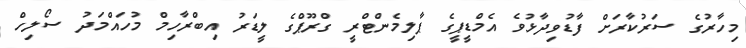
މިހާރުގެ ސަރުކާރަށް ފާޑުވިދާޅުވެ އެމްޑީޕީގެ ޕާލިމެންޓްރީ ގްރޫޕްގެ ލީޑަރު އިބްރާހިމް މުހައްމަދު ސޯލިހް